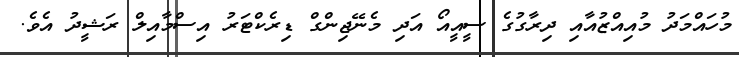
މުހައްމަދު މުއިއްޒުއާއި ދިރާގުގެ ސީއީއޯ އަދި މެނޭޖިންގް ޑިރެކްޓަރު އިސްމާއިލް ރަޝީދު އެވެ.